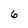
Character: 6